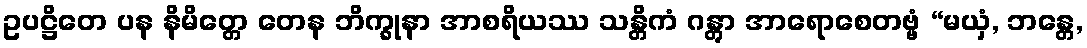
ဥပဋ္ဌိတေ ပန နိမိတ္တေ တေန ဘိက္ခုနာ အာစရိယဿ သန္တိကံ ဂန္တွာ အာရောစေတဗ္ဗံ “မယှံ, ဘန္တေ,